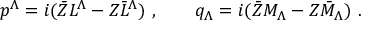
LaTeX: p ^ { \Lambda } = i ( \bar { Z } L ^ { \Lambda } - Z \bar { L } ^ { \Lambda } ) \ , \qquad q _ { \Lambda } = i ( \bar { Z } M _ { \Lambda } - Z \bar { M } _ { \Lambda } ) \ .